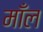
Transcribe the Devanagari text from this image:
माँल